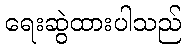
ရေးဆွဲထားပါသည်